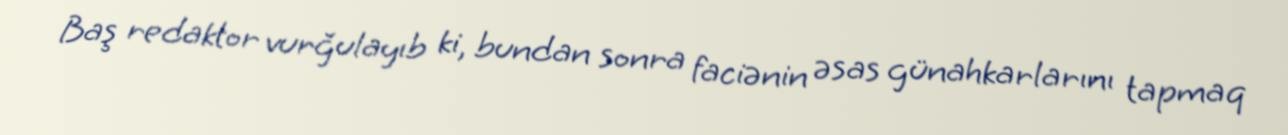
Baş redaktor vurğulayıb ki, bundan sonra faciənin əsas günahkarlarını tapmaq